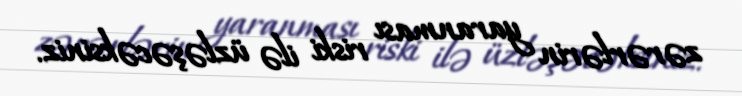
zərərlərin yaranması riski ilə üzləşəcəksiniz.